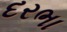
દરભા